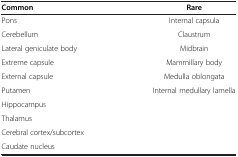
<table><thead><tr><td><b>Common</b></td><td><b>Rare</b></td></tr></thead><tbody><tr><td>Pons</td><td>Internal capsula</td></tr><tr><td>Cerebellum</td><td>Claustrum</td></tr><tr><td>Lateral geniculate body</td><td>Midbrain</td></tr><tr><td>Extreme capsule</td><td>Mammillary body</td></tr><tr><td>External capsule</td><td>Medulla oblongata</td></tr><tr><td>Putamen</td><td>Internal medullary lamella</td></tr><tr><td>Hippocampus</td><td> </td></tr><tr><td>Thalamus</td><td> </td></tr><tr><td>Cerebral cortex/subcortex</td><td> </td></tr><tr><td>Caudate nucleus</td><td> </td></tr></tbody></table>